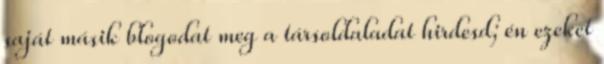
saját másik blogodat meg a társoldaladat hirdesd; én ezeket